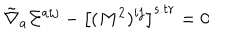
LaTeX: \tilde { \nabla } _ { a } \Sigma ^ { a i j } - \left[ ( M ^ { 2 } ) ^ { i j } \right] ^ { s . t r } = 0